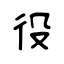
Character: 役